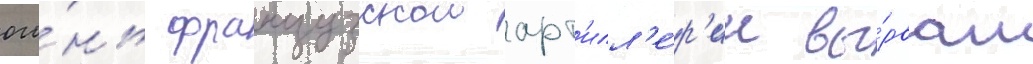
ого́нь французскои арт'илл'е́р'ии вы́рвал